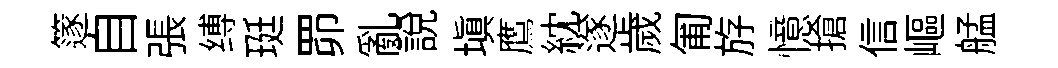
篴自張缚珽𦊑亂説塡鷹紞遂歲匍斿憶搶信嶇艋